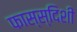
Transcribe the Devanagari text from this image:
फास्स्दिशी